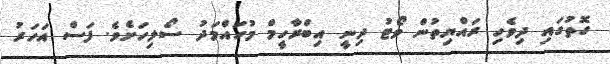
ގޮތުގައި ދިވެހި ރައްޔިތުން ވޯޓު ދިނީ އިބްރާހީމް މުހައްމަދު ސޯލިހަށެވެ. ފަސް އަހަރު